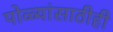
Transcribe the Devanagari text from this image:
पोळ्यांसाठीही